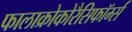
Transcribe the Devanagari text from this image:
फालाक्रोकोरैसिफॉर्म्स